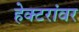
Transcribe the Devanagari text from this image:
हेक्टरांवर